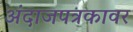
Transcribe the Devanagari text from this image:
अंदाजपत्रकावर